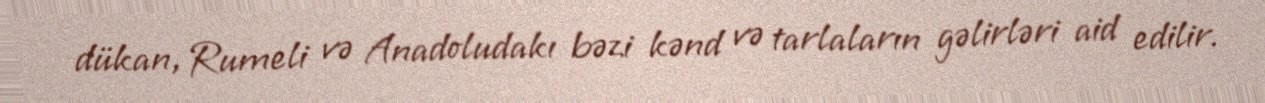
dükan, Rumeli və Anadoludakı bəzi kənd və tarlaların gəlirləri aid edilir.